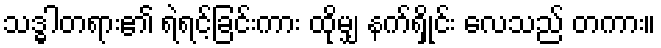
သဒ္ဓါတရား၏ ရဲရင့်ခြင်းကား ထိုမျှ နက်ရှိုင်း လေသည် တကား။